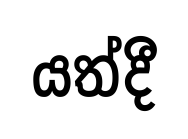
යත්දී